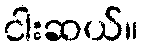
ငါးဆယ်။